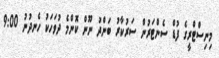
މިނިސްޓްރީގެ ފުޑް ސެންޓަރުން ސަރުކާރު ބަންދު ނޫން ކޮންމެ ދުވަހަކު ހެނދުނު 9:00